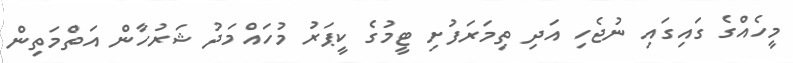
މީހެއްގެ ގައިގައި ނުޖެހި އަދި ތިމަރަފުށި ޓީމުގެ ކީޕަރު މުހައްމަދު ޝަރުހާން އަތްމަތިން